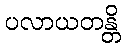
ပလာယတန္တိ